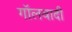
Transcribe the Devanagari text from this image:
गॉलवादी